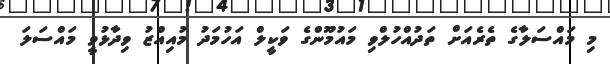
މި މައްސަލާގެ ތެރެއަށް ތަދުއްހުލްވި މައުމޫންގެ ވަކީލް އަހުމަދު މުއިއްޒު ވިދާޅުވީ މައްސަލަ